Civil Veterinary Department Bengal reports 1933-51 - 1933-1951
Year: 1933
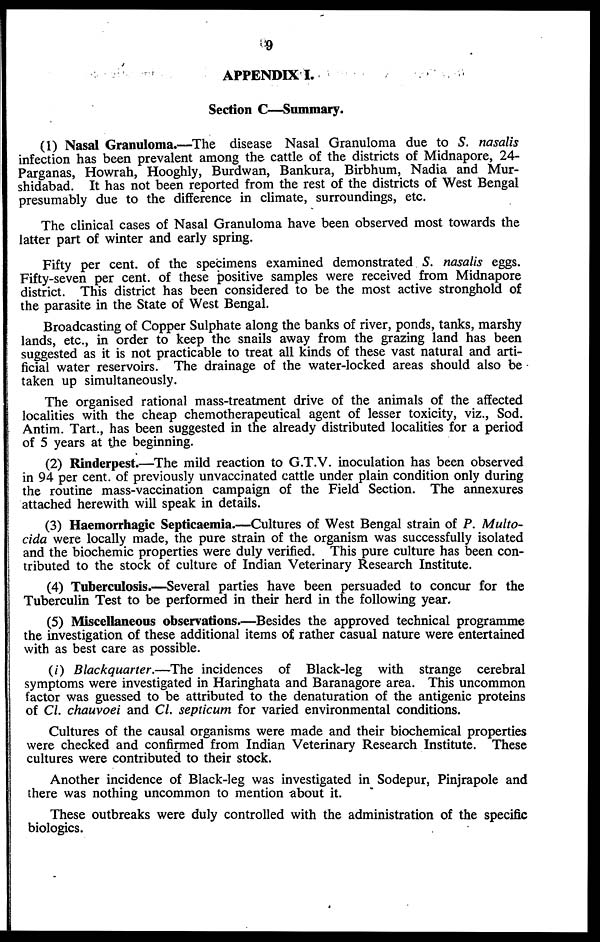
9
APPENDIX I.
Section C—Summary.
(1) Nasal Granuloma.—The disease Nasal Granuloma due to S. nasalis
infection has been prevalent among the cattle of the districts of Midnapore, 24-
Parganas, Howrah, Hooghly, Burdwan, Bankura, Birbhum, Nadia and Mur-
shidabad. It has not been reported from the rest of the districts of West Bengal
presumably due to the difference in climate, surroundings, etc.
The clinical cases of Nasal Granuloma have been observed most towards the
latter part of winter and early spring.
Fifty per cent. of the specimens examined demonstrated S. nasalis eggs.
Fifty-seven per cent. of these positive samples were received from Midnapore
district. This district has been considered to be the most active stronghold of
the parasite in the State of West Bengal.
Broadcasting of Copper Sulphate along the banks of river, ponds, tanks, marshy
lands, etc., in order to keep the snails away from the grazing land has been
suggested as it is not practicable to treat all kinds of these vast natural and arti-
ficial water reservoirs. The drainage of the water-locked areas should also be
taken up simultaneously.
The organised rational mass-treatment drive of the animals of the affected
localities with the cheap chemotherapeutical agent of lesser toxicity, viz., Sod.
Antim. Tart., has been suggested in the already distributed localities for a period
of 5 years at the beginning.
(2) Rinderpest.—The mild reaction to G.T.V. inoculation has been observed
in 94 per cent. of previously unvaccinated cattle under plain condition only during
the routine mass-vaccination campaign of the Field Section. The annexures
attached herewith will speak in details.
(3) Haemorrhagic Septicaemia.—Cultures of West Bengal strain of P. Multo-
cida were locally made, the pure strain of the organism was successfully isolated
and the biochemic properties were duly verified. This pure culture has been con-
tributed to the stock of culture of Indian Veterinary Research Institute.
(4) Tuberculosis.—Several parties have been persuaded to concur for the
Tuberculin Test to be performed in their herd in the following year.
(5) Miscellaneous observations.—Besides the approved technical programme
the investigation of these additional items of rather casual nature were entertained
with as best care as possible.
(i) Blackquarter.—The incidences of Black-leg with strange cerebral
symptoms were investigated in Haringhata and Baranagore area. This uncommon
factor was guessed to be attributed to the denaturation of the antigenic proteins
of Cl. chauvoei and Cl. septicum for varied environmental conditions.
Cultures of the causal organisms were made and their biochemical properties
were checked and confirmed from Indian Veterinary Research Institute. These
cultures were contributed to their stock.
Another incidence of Black-leg was investigated in Sodepur, Pinjrapole and
there was nothing uncommon to mention about it.
These outbreaks were duly controlled with the administration of the specific
biologics.